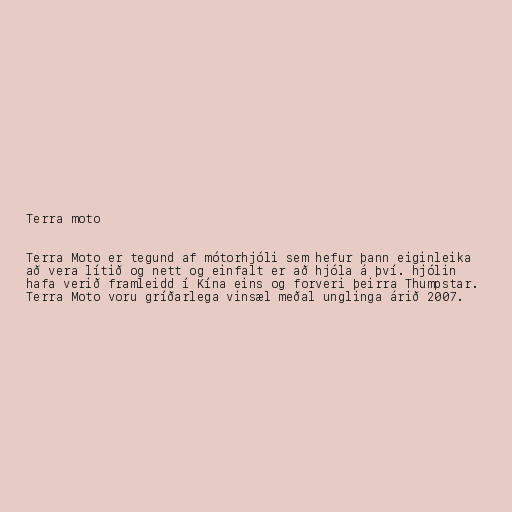
Terra moto

Terra Moto er tegund af mótorhjóli sem hefur þann eiginleika
að vera lítið og nett og einfalt er að hjóla á því. hjólin
hafa verið framleidd í Kína eins og forveri þeirra Thumpstar.
Terra Moto voru gríðarlega vinsæl meðal unglinga árið 2007.